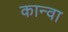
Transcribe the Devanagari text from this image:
कान्वा